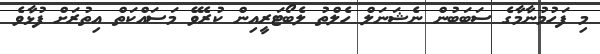
މި ފަހުމުނާމާގެ ސަބަބުން ނެޝަނަލް ހެލްތު ލެބޯޓަރީއިން ކުރެވޭ މަސައްކަތް އިތުރަށް ފުޅާވެ